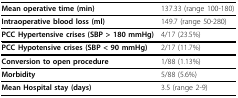
| Mean operative time (min) | 137.33 (range 100-180) |
 | --- | --- |
 | Intraoperative blood loss (ml) | 149.7 (range 50-280) |
 | PCC Hypertensive crises (SBP > 180 mmHg) | 4/17 (23.5%) |
 | PCC Hypotensive crises (SBP < 90 mmHg) | 2/17 (11.7%) |
 | Conversion to open procedure | 1/88 (1.13%) |
 | Morbidity | 5/88 (5.6%) |
 | Mean Hospital stay (days) | 3.5 (range 2-9) |